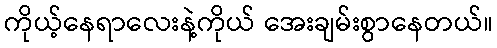
ကိုယ့်နေရာလေးနဲ့ကိုယ် အေးချမ်းစွာနေတယ်။